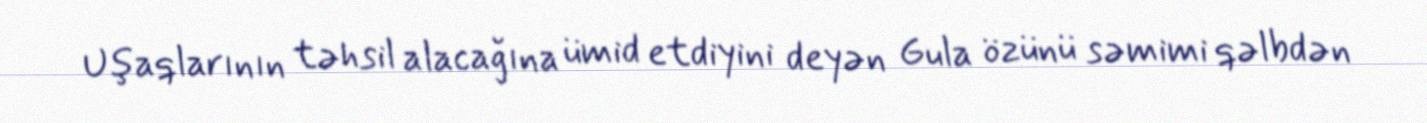
Uşaqlarının təhsil alacağına ümid etdiyini deyən Gula özünü səmimi qəlbdən